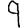
Digit: 9